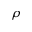
\rho